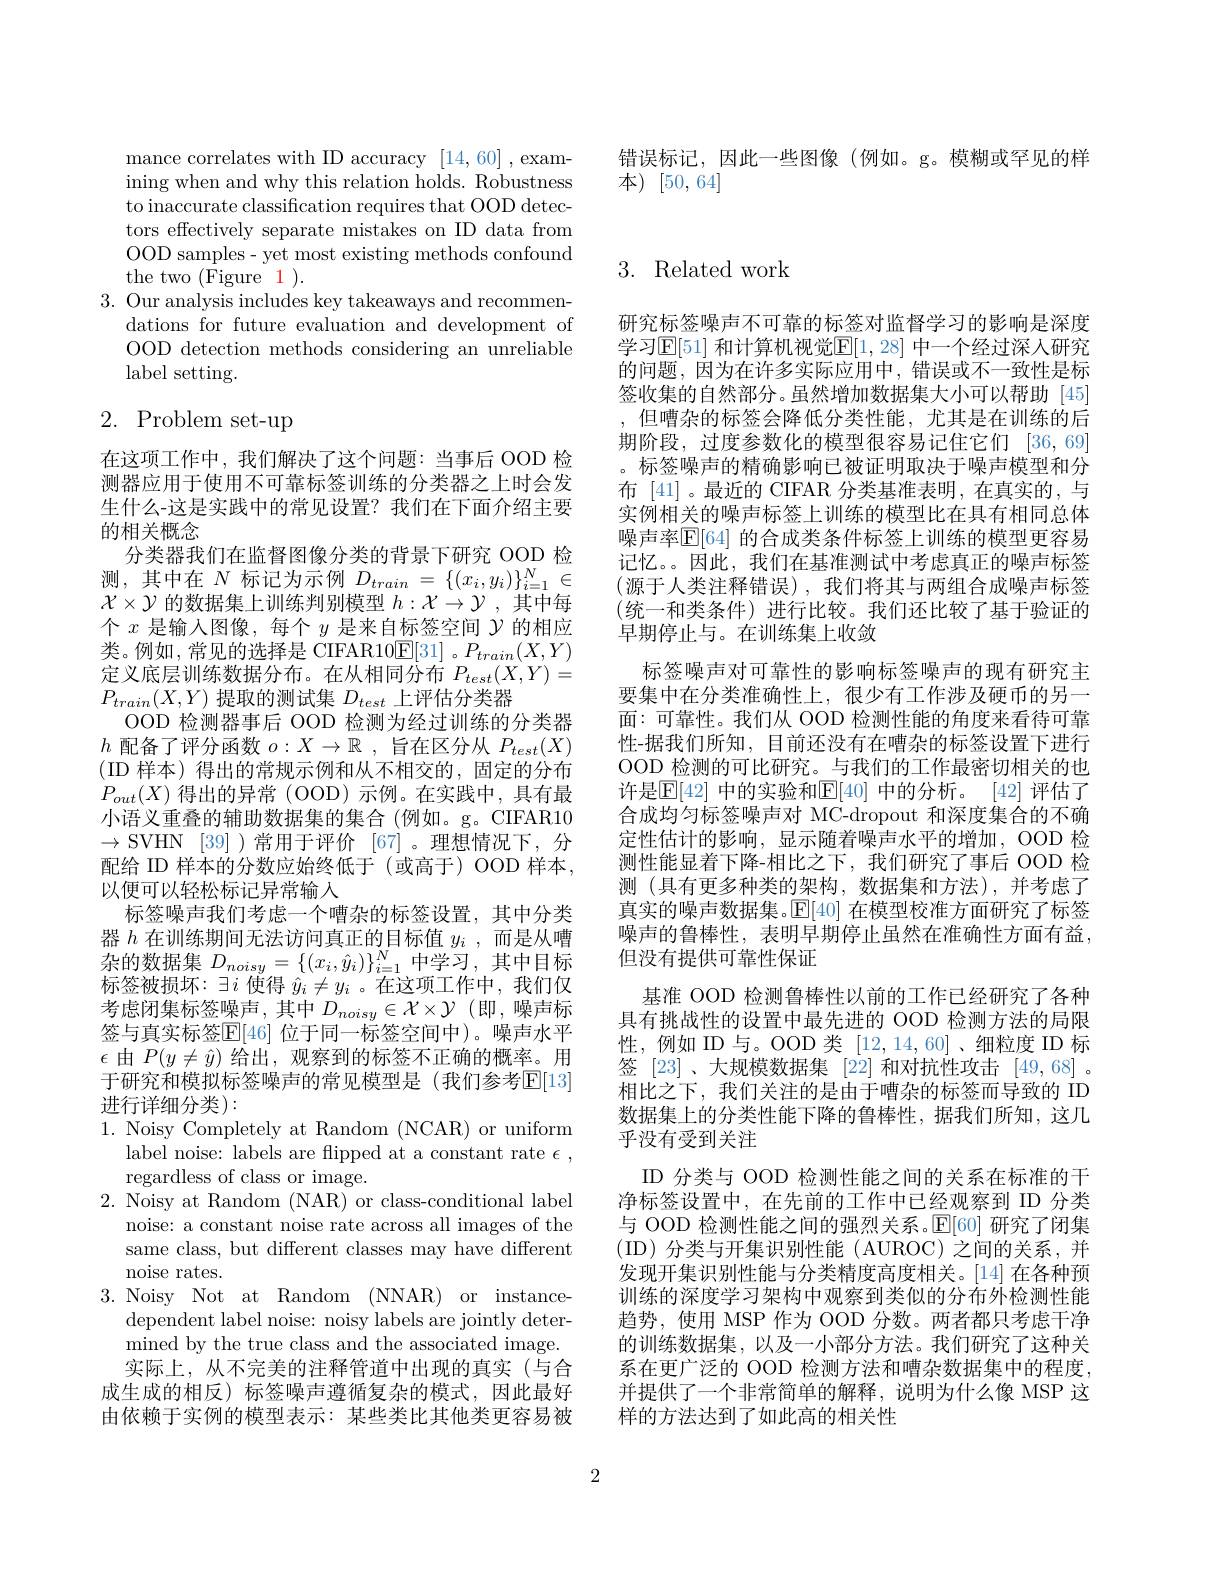
错误标记，因此一些图像(例如。g。模糊或罕见的样
本) [50,64]

mance correlates with ID accuracy [14,60] ,examining when and why this relation holds. Robustness to inaccurate classification requires that OOD detectors effectively separate mistakes on ID data from OOD samples- yet most existing methods confound the two (Figure $\color{#C00} {1}) .$
3. Our analysis includes key takeaways and recommen-
dations for future evaluation and development of OOD detection methods considering an unreliable label setting.

# 2. Problem set-up

在这项工作中，我们解决了这个问题：当事后 OOD 检测器应用于使用不可靠标签训练的分类器之上时会发生什么-这是实践中的常见设置？我们在下面介绍主要的相关概念
分类器我们在监督图像分类的背景下研究 OOD 检测，其中在$N$标记为示例$D_train=\{(x_i,y_i)\}_{i=1}^N\in$ $\mathcal{X}\times\mathcal{Y}$的数据集上训练判别模型$h:\mathcal{X}\to\mathcal{Y}$,其中每个$x$是输入图像，每个$y$是来自标签空间$\mathcal{Y}$的相应类。例如，常见的选择是 CIFAR10$\underline{\mathrm{E}}[31]$。$P_train(X,Y)$ 定义底层训练数据分布。在从相同分布$P_{test}(X,Y)=$ $P_{train}(X,Y)$提取的测试集$D_test$上评估分类器
OOD 检测器事后 OOD 检测为经过训练的分类器$h$配备了评分函数$o:X\to\mathbb{R}$ ,旨在区分从$P_test(X)$ (ID 样本) 得出的常规示例和从不相交的，固定的分布$P_{out}(X)$得出的异常(OOD)示例。在实践中，具有最小语义重叠的辅助数据集的集合(例如。g。CIFAR10 $\to$SVHN [39] )常用于评价 [67]。理想情况下，分配给 ID 样本的分数应始终低于(或高于) OOD 样本， 以便可以轻松标记异常输入
标签噪声我们考虑一个嘈杂的标签设置，其中分类器$h$在训练期间无法访问真正的目标值$y_i$ ,而是从嘈杂的数据集$D_{noisy}=\{(x_i,\hat{y}_i)\}_{i=1}^N$中学习，其中目标标签被损坏：$\exists i$使得$\hat{y}_i\neq y_i$ 。在这项工作中，我们仅考虑闭集标签噪声，其中$D_noisy\in\mathcal{X}\times\mathcal{Y}$(即，噪声标签与真实标签$\mathbb{E}[46]$ 位于同一标签空间中)。噪声水平$\epsilon$由$P(y\neq\hat{y})$给出，观察到的标签不正确的概率。用于研究和模拟标签噪声的常见模型是 (我们参考$\mathbb{E}[13]$ 进行详细分类):
1. Noisy Completely at Random (NCAR) or uniform
label noise: labels are flipped at a constant rate $\epsilon$,
regardless of class or image.
2. Noisy at Random (NAR) or class-conditional label
noise: a constant noise rate across all images of the same class, but different classes may have different noise rates.
3. Noisy Not at Random (NNAR) or instance-
dependent label noise: noisy labels are jointly determined by the true class and the associated image. 实际上，从不完美的注释管道中出现的真实(与合
成生成的相反) 标签噪声遵循复杂的模式，因此最好由依赖于实例的模型表示：某些类比其他类更容易被

## 3. Related work

研究标签噪声不可靠的标签对监督学习的影响是深度学习$\mathbb{E}[51]$ 和计算机视觉$\mathbb{E}[1,28]$ 中一个经过深人研究的问题，因为在许多实际应用中，错误或不一致性是标签收集的自然部分。虽然增加数据集大小可以帮助[45] ,但嘈杂的标签会降低分类性能，尤其是在训练的后期阶段，过度参数化的模型很容易记住它们 [36,69] 。标签噪声的精确影响已被证明取决于噪声模型和分布 [41] 。最近的 CIFAR 分类基准表明，在真实的，与实例相关的噪声标签上训练的模型比在具有相同总体噪声率$\mathbb{E}[64]$ 的合成类条件标签上训练的模型更容易记忆。。因此，我们在基准测试中考虑真正的噪声标签(源于人类注释错误),我们将其与两组合成噪声标签(统一和类条件)进行比较。我们还比较了基于验证的早期停止与。在训练集上收敛
标签噪声对可靠性的影响标签噪声的现有研究主要集中在分类准确性上，很少有工作涉及硬币的另一面：可靠性。我们从 OOD 检测性能的角度来看待可靠性-据我们所知，目前还没有在嘈杂的标签设置下进行OOD\_检测的可比研究。\_与我们的工作最密切相关的也许是$\mathbb{E}[42]$ 中的实验和$\mathbb{E}[40]$ 中的分析。[42] 评估了合成均匀标签噪声对 MC-dropout 和深度集合的不确定性估计的影响，显示随着噪声水平的增加，OOD 检测性能显着下降-相比之下，我们研究了事后 OOD 检测 (具有更多种类的架构，数据集和方法),并考虑了真实的噪声数据集。$\mathbb{E}[40]$在模型校准方面研究了标签噪声的鲁棒性，表明早期停止虽然在准确性方面有益， 但没有提供可靠性保证
基准 OOD 检测鲁棒性以前的工作已经研究了各种具有挑战性的设置中最先进的 OOD 检测方法的局限性，例如 ID 与。OOD 类[12,14,60]、细粒度 ID 标签 [23]、大规模数据集 [22] 和对抗性攻击 [49,68] 。相比之下，我们关注的是由于嘈杂的标签而导致的 ID 数据集上的分类性能下降的鲁棒性，据我们所知，这几乎没有受到关注
ID 分类与 OOD 检测性能之间的关系在标准的干净标签设置中，在先前的工作中已经观察到 ID 分类与 OOD 检测性能之间的强烈关系。$\mathbb{E}[60]$研究了闭集(ID)分类与开集识别性能(AUROC)之间的关系，并发现开集识别性能与分类精度高度相关。[14] 在各种预训练的深度学习架构中观察到类似的分布外检测性能趋势，使用 MSP 作为 OOD 分数。两者都只考虑干净的训练数据集，以及一小部分方法。我们研究了这种关系在更广泛的 OOD 检测方法和嘈杂数据集中的程度并提供了一个非常简单的解释，说明为什么像 MSP 这样的方法达到了如此高的相关性

2